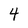
Character: 4